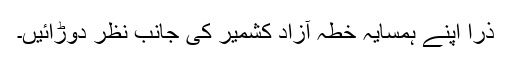
ذرا اپنے ہمسایہ خطہ آزاد کشمیر کی جانب نظر دوڑائیں۔